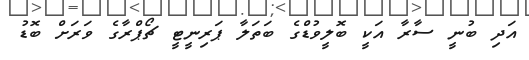
އަދި ބުނީ ސާރާ އަކީ ބޮލީވުޑްގެ ބަތަލާ ޕަރިނީޓީ ޗޯޕްރާގެ ވަރަށް ބޮޑު